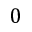
0